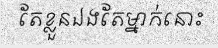
តែខ្លួនឯងតែម្នាក់នោះ